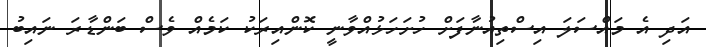
އަދި އެ މައްސަލަ އިސްތިއުނާފަށް ހުށަހަޅުއްވާނީ ކޮންއިރަކު ކަމެއް ވެސް ބަންޑާރަ ނައިބު